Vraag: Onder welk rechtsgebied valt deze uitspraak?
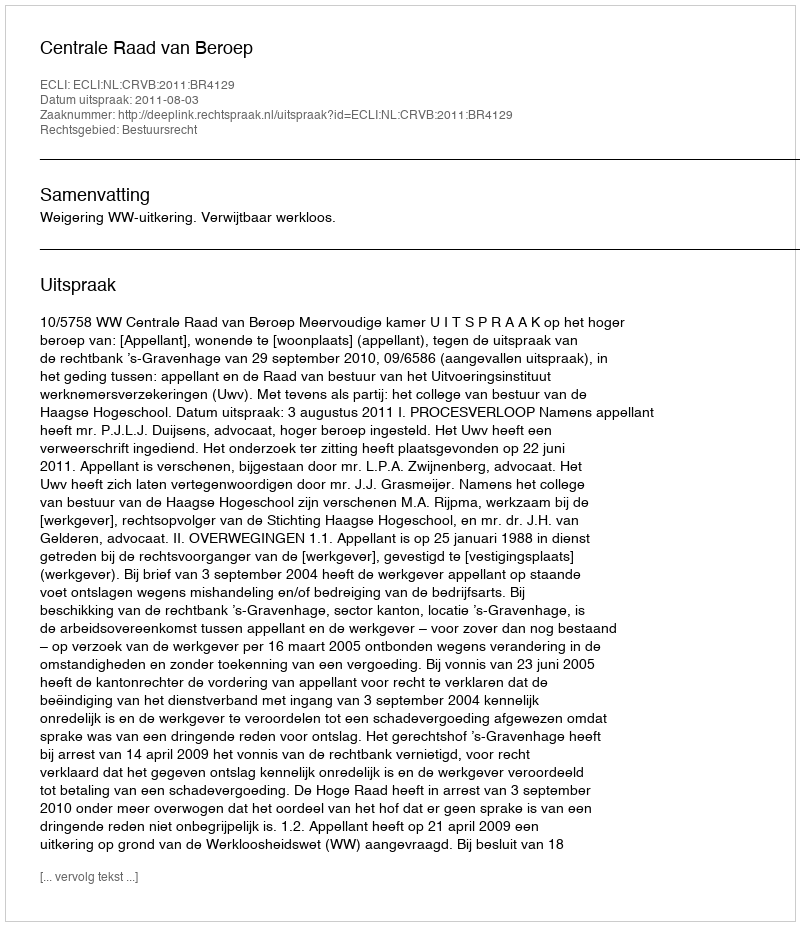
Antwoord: Bestuursrecht